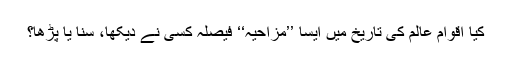
کیا اقوامِ عالم کی تاریخ میں ایسا ’’مزاحیہ‘‘ فیصلہ کسی نے دیکھا، سُنا یا پڑھا؟